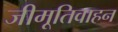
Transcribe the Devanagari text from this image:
जीमूतिवाहन